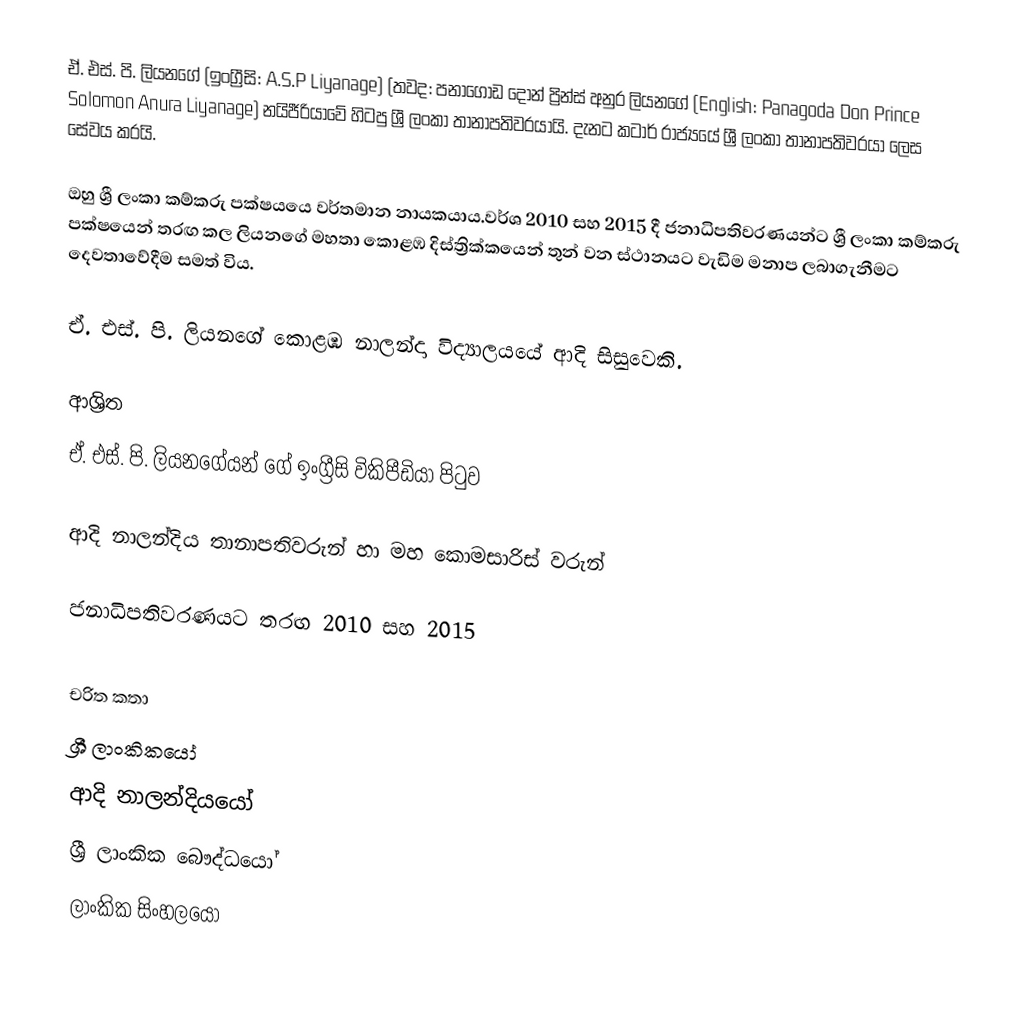
ඒ. එස්. පි. ලියනගේ (ඉංග්‍රීසි: A.S.P Liyanage) (තවද: පනාගොඩ දොන් ප්‍රින්ස් අනුර ලියනගේ (English: Panagoda Don Prince Solomon Anura Liyanage)  නයිජීරියාවේ හිටපු ශ්‍රී ලංකා තානාපතිවරයායි. දැනට කටාර් රාජ්‍යයේ ශ්‍රී ලංකා තානාපතිවරයා ලෙස සේවය කරයි.

ඔහු ශ්‍රී ලංකා කම්කරු පක්ෂයයෙ වර්තමාන නායකයාය.වර්ශ 2010 සහ 2015 දී ජනාධිපතිවරණයන්ට ශ්‍රී ලංකා කම්කරු පක්ෂයෙන්  තරඟ කල ලියනගේ මහතා කොළඹ දිස්ත්‍රික්කයෙන් තුන් වන ස්ථානයට වැඩිම මනාප ලබාගැනීමට දෙවතාවේදීම සමත් විය. 

ඒ. එස්. පි. ලියනගේ  කොළඹ නාලන්දා විද්‍යාලයයේ ආදි සිසුවෙකි.

ආශ්‍රිත
  ඒ. එස්. පි. ලියනගේයන් ගේ ඉංග්‍රීසි විකිපීඩියා පිටුව

 ආදි නාලන්දිය තානාපතිවරුන් හා මහ කොමසාරිස් වරුන්

 ජනාධිපතිවරණයට තරඟ 2010 සහ 2015

චරිත කතා
ශ්‍රී ලාංකිකයෝ
ආදි නාලන්දියයෝ
ශ්‍රී ලාංකික බෞද්ධයෝ
ලාංකික සිංහලයෝ